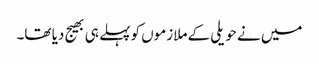
میں نے حویلی کے ملازموں کو پہلے ہی بھیج دیا تھا۔